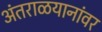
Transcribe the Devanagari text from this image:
अंतराळयानांवर